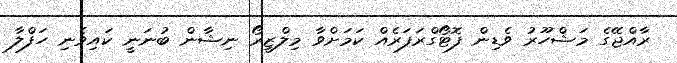
ރާއްޖޭގެ މަޝްހޫރު ވެޑިން ފޮޓޯގްރަފަރެއް ކަމަށްވާ މިލްޒީރޯ ނިޝާން ބުނަނީ ކައިވެނި ހަފްލާ